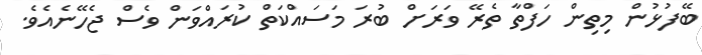
ބޭފުޅުން މިތިން ހަފްތާ ތެރޭ ވަރަށް ބުރަ މަސައްކަތް ކުރައްވަން ވެސް ޖެހޭނެއެވެ.